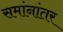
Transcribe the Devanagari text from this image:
समांनांतर